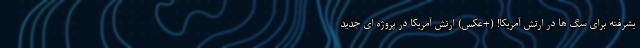
یشرفته برای سگ ها در ارتش آمریکا! (+عکس) ارتش آمریکا در پروژه ای جدید